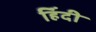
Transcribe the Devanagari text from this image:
हिंंदी